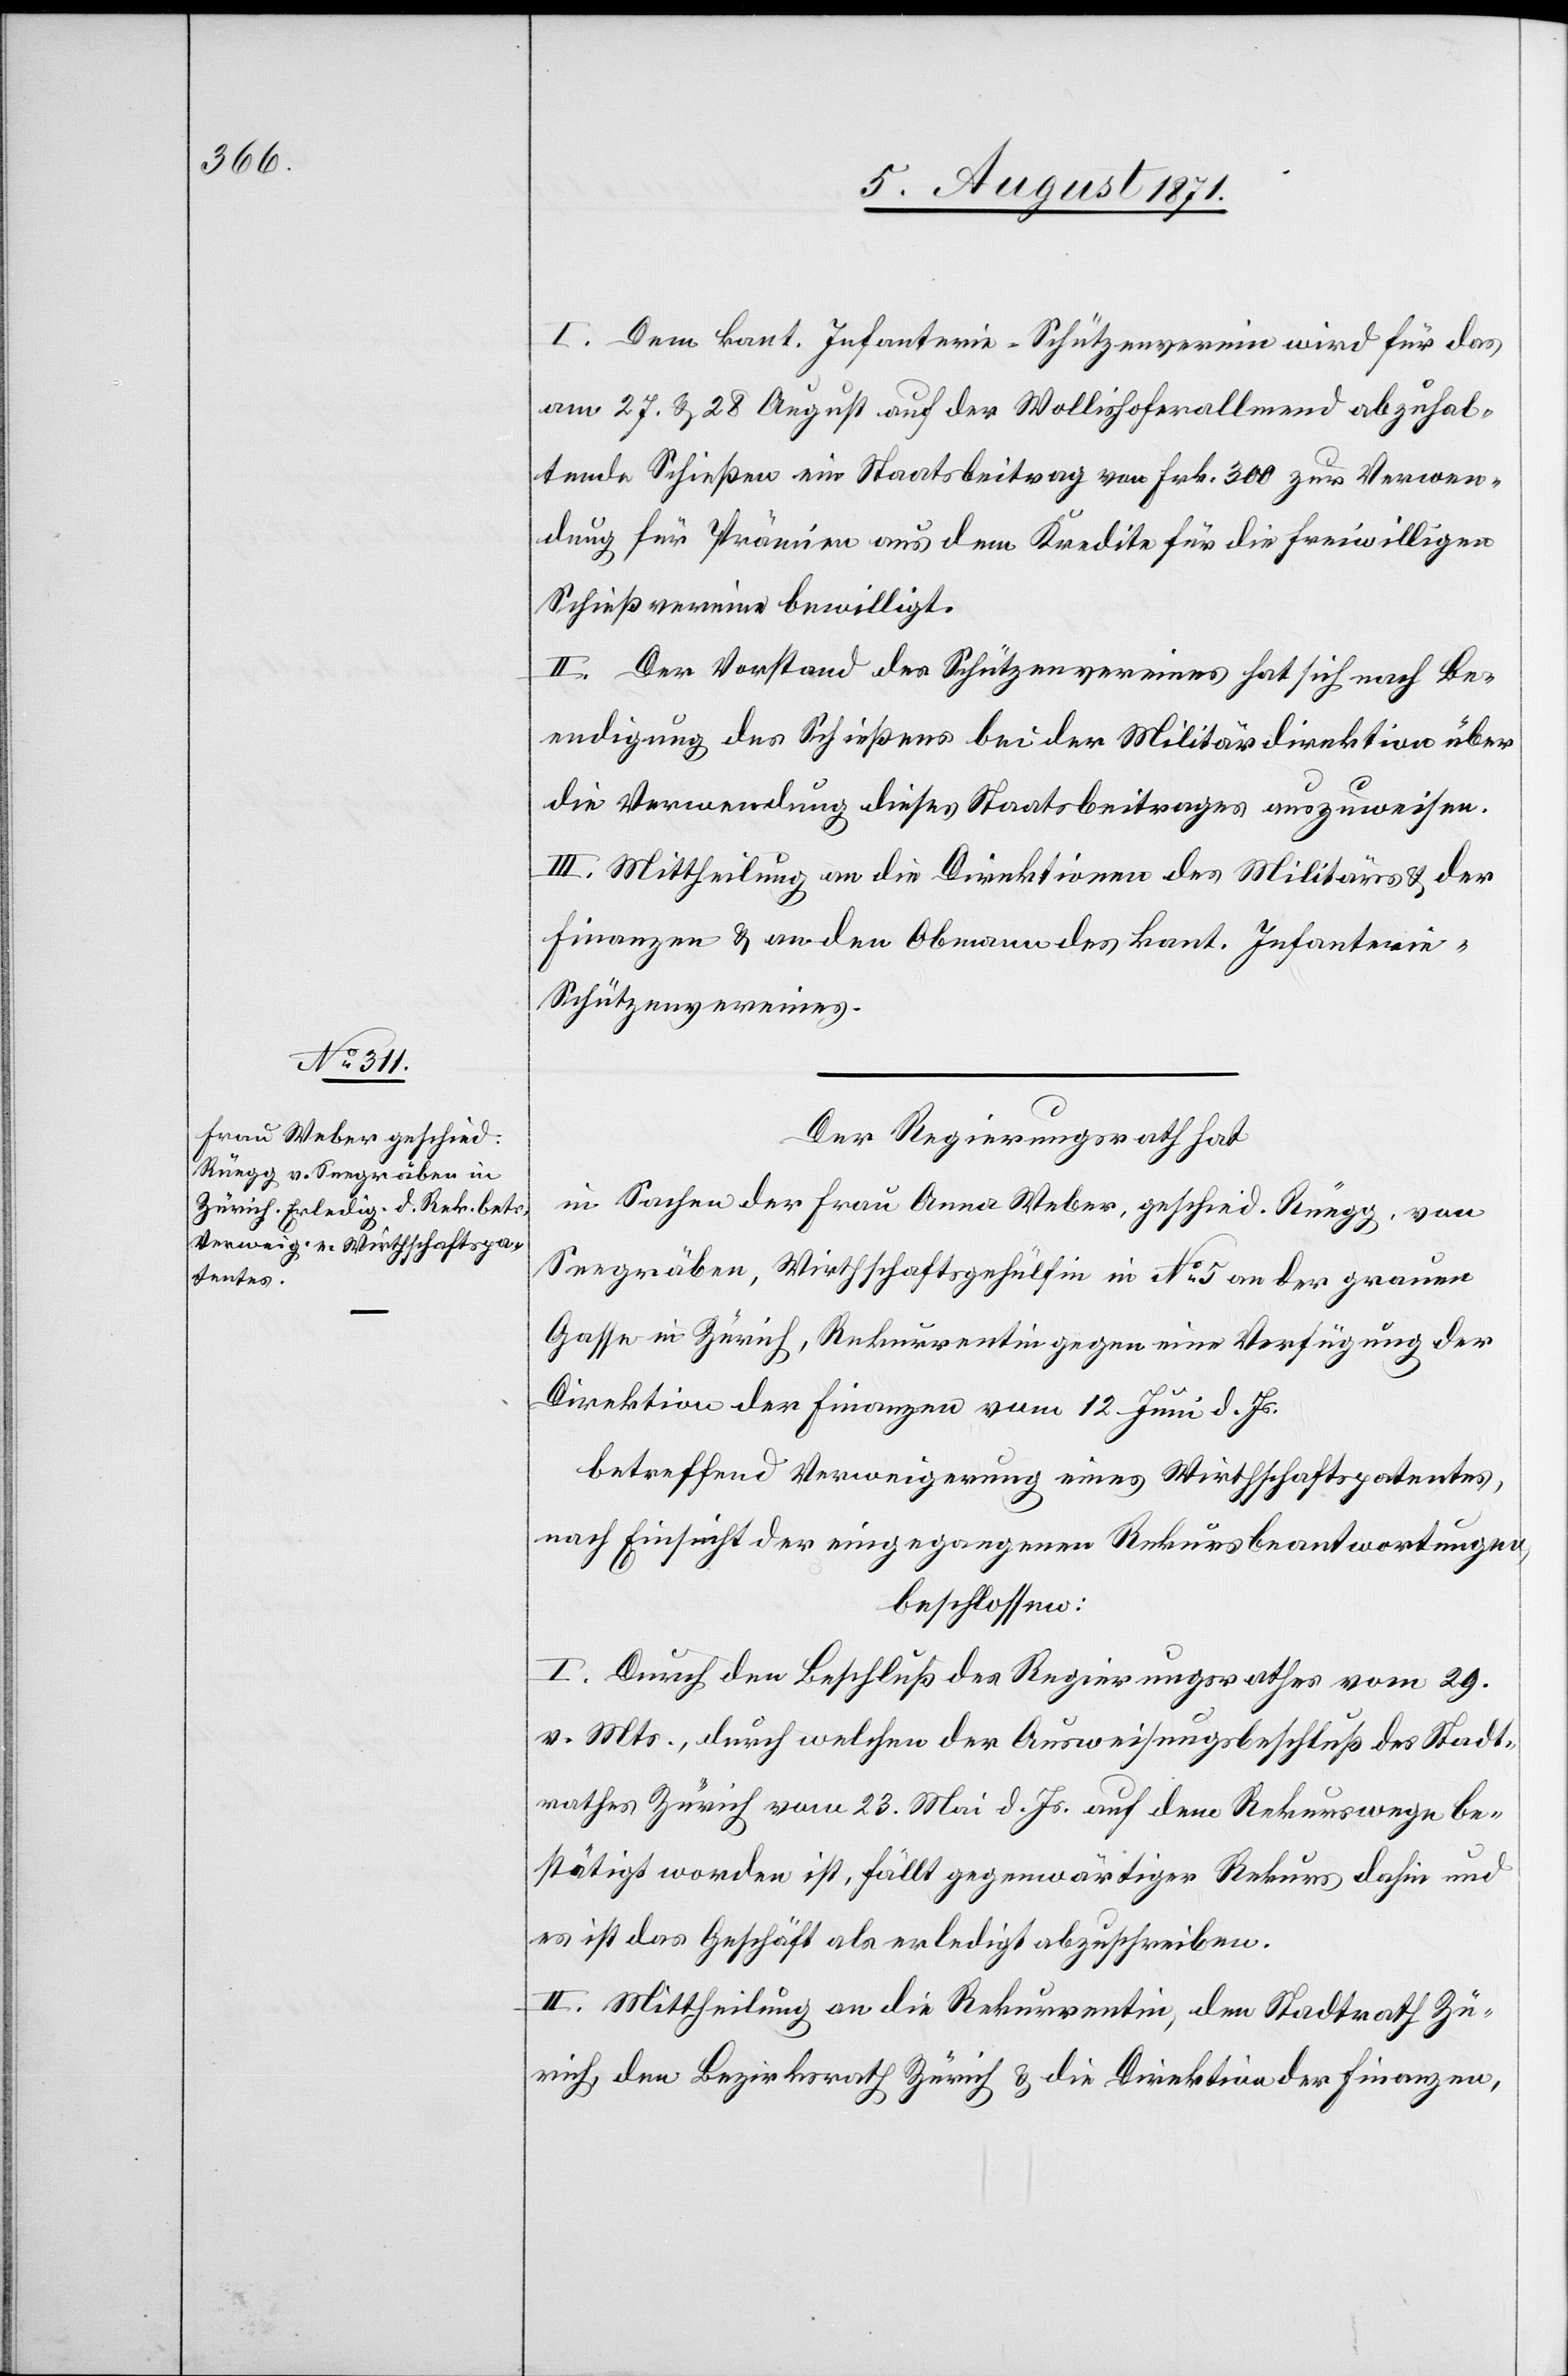
I. Dem kant. Infanterie-Schützenverein wird für das
am 27. u. 28. August auf der Wollishoferallmend abzuhal¬
tende Schießen ein Staatsbeitrag von Frk. 300 zur Verwen¬
dung für Prämien aus dem Kredite für die freiwilligen
Schießvereine bewilligt.
II. Der Vorstand des Schützenvereines hat sich nach Be¬
endigung des Schießens bei der Militärdirektion über
die Verwendung dieses Staatsbeitrages auszuweisen.
III. Mittheilung an die Direktion des Militärs u. der
Finanzen u. an den Obmann des kant. Infanteri¬
e-Schützenvereines.
Der Regierungsrath hat
in Sachen der Frau Weber, geschied. Rüegg, von
Seegräben, Wirthschaftsgehülfin in No. 5 an der grauen
Gasse in Zürich, Rekurrentin gegen eine Verfügung der
Direktion der Finanzen vom 12. Juni d. Js.
betreffend Verweigerung eines Wirthschaftspatentes,
nach Einsicht der eingegangenen Rekursbeantwortungen,
beschlossen:
I. Durch den Beschluß des Regierungsrathes vom 29.
v. Mts., durch welchen der Ausweisungsbeschluß des Stadt¬
rathes Zürich vom 23. Mai d. Js. auf dem Rekurswege be¬
stätigt worden ist, fällt gegenwärtiger Rekurs dahin und
es ist das Geschäft als erledigt abzuschreiben.
II. Mittheilung an die Rekurrentin, den Stadtrath Zü¬
rich, den Bezirksrath Zürich u. die Direktion der Finanzen,